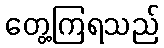
တွေ့ကြရသည်